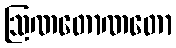
ဩဏတောဏတော